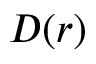
D ( r )